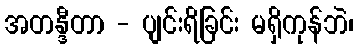
အတန္ဒီတာ - ပျင်းရိခြင်း မရှိကုန်ဘဲ၊